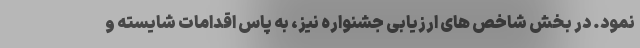
نمود. در بخش شاخص های ارزیابی جشنواره نیز، به پاس اقدامات شایسته و